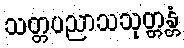
သတ္တပညာသသုတ္တန္တံ